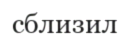
сблизил